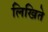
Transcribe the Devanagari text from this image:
लिखिते